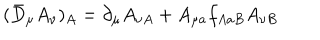
( \bar { D } _ { \mu } A _ { \nu } ) _ { A } = \partial _ { \mu } A _ { \nu A } + A _ { \mu a } f _ { A a B } A _ { \nu B }